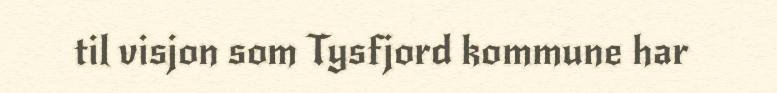
til visjon som Tysfjord kommune har